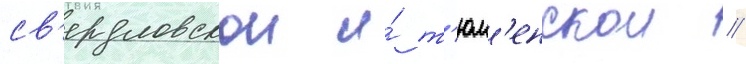
св'ердловскои и́ т'юм'енскои //